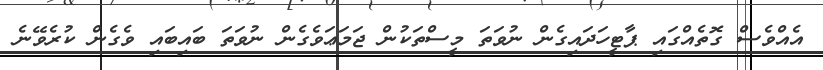
އެއްވެސް ގޮތެއްގައި ޕާޓީހަދައިގެން ނުވަތަ މީސްތަކުން ޖަމަޢަވެގެން ނުވަތަ ބައިބައި ވެގެން ކުރެވޭނެ